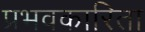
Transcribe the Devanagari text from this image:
प्रभवकारिता